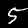
Label: 5